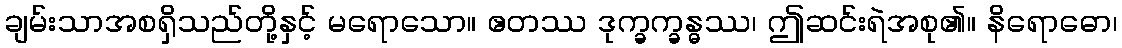
ချမ်းသာအစရှိသည်တို့နှင့် မရောသော။ ဧတဿ ဒုက္ခက္ခန္ဓဿ၊ ဤဆင်းရဲအစု၏။ နိရောဓော၊